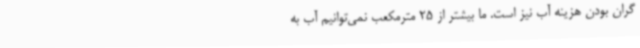
گران بودن هزینه آب نیز است. ما بیشتر از 25 مترمکعب نمی‌توانیم آب به